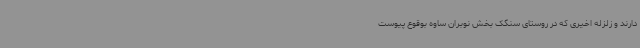
دارند و زلزله اخیری که در روستای سنگک بخش نوبران ساوه بوقوع پیوست